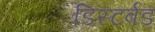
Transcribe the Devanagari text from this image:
डिस्टर्बड